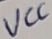
Text: VCC